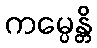
ကမ္ပေန္တိ